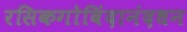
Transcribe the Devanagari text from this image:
रसिकगोविंदानंदधन